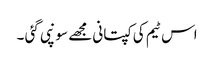
اس ٹیم کی کپتانی مجھے سونپی گئی ۔